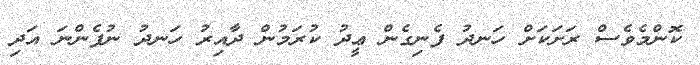
ކޮންމެވެސް ރަށަކަށް ހަނދު ފެނިގެން ޢީދު ކުރަމުން ދާއިރު ހަނދު ނުފެންނަ އަދި